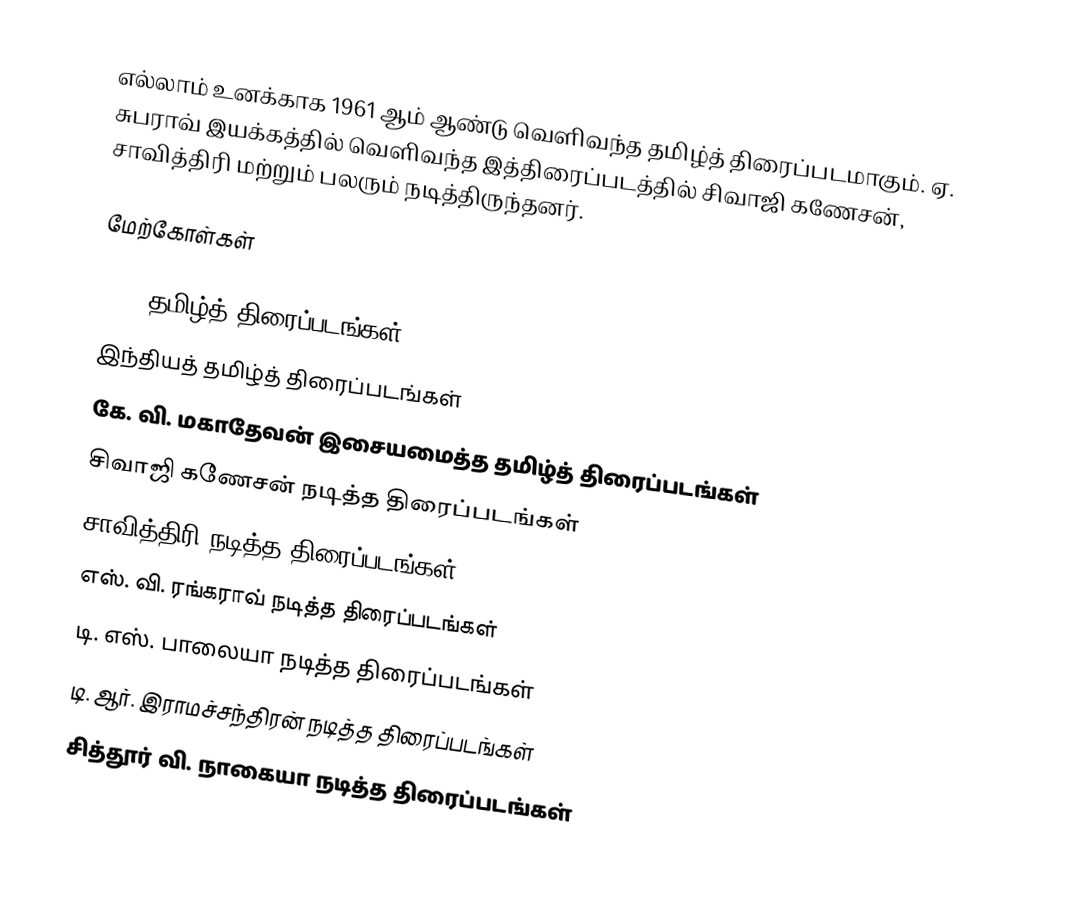
எல்லாம் உனக்காக 1961 ஆம் ஆண்டு வெளிவந்த தமிழ்த் திரைப்படமாகும். ஏ. சுபராவ் இயக்கத்தில் வெளிவந்த இத்திரைப்படத்தில் சிவாஜி கணேசன், சாவித்திரி மற்றும் பலரும் நடித்திருந்தனர்.

மேற்கோள்கள்

1961 தமிழ்த் திரைப்படங்கள்
இந்தியத் தமிழ்த் திரைப்படங்கள்
கே. வி. மகாதேவன் இசையமைத்த தமிழ்த் திரைப்படங்கள்
சிவாஜி கணேசன் நடித்த திரைப்படங்கள்
சாவித்திரி நடித்த திரைப்படங்கள்
எஸ். வி. ரங்கராவ் நடித்த திரைப்படங்கள்
டி. எஸ். பாலையா நடித்த திரைப்படங்கள்
டி. ஆர். இராமச்சந்திரன் நடித்த திரைப்படங்கள்
சித்தூர் வி. நாகையா நடித்த திரைப்படங்கள்